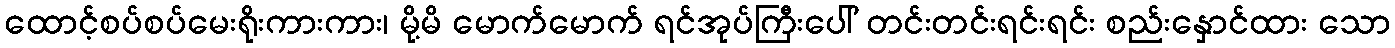
ထောင့်စပ်စပ်မေးရိုးကားကား၊ မို့မိ မောက်မောက် ရင်အုပ်ကြီးပေါ် တင်းတင်းရင်းရင်း စည်းနှောင်ထား သော